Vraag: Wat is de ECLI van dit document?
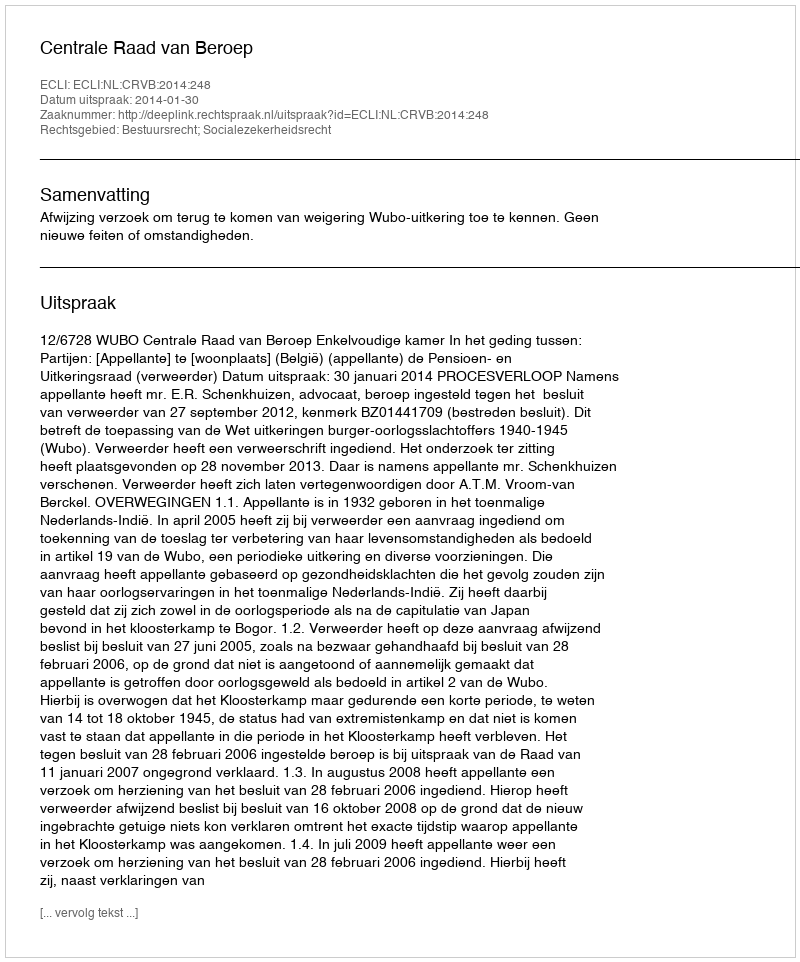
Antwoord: ECLI:NL:CRVB:2014:248